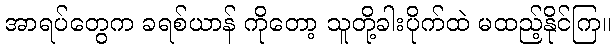
အာရပ်တွေက ခရစ်ယာန် ကိုတော့ သူတို့ခါးပိုက်ထဲ မထည့်နိုင်ကြ။